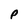
Character: p